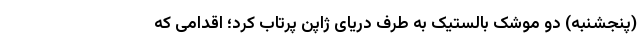
(پنجشنبه) دو موشک بالستیک به طرف دریای ژاپن پرتاب کرد؛ اقدامی که